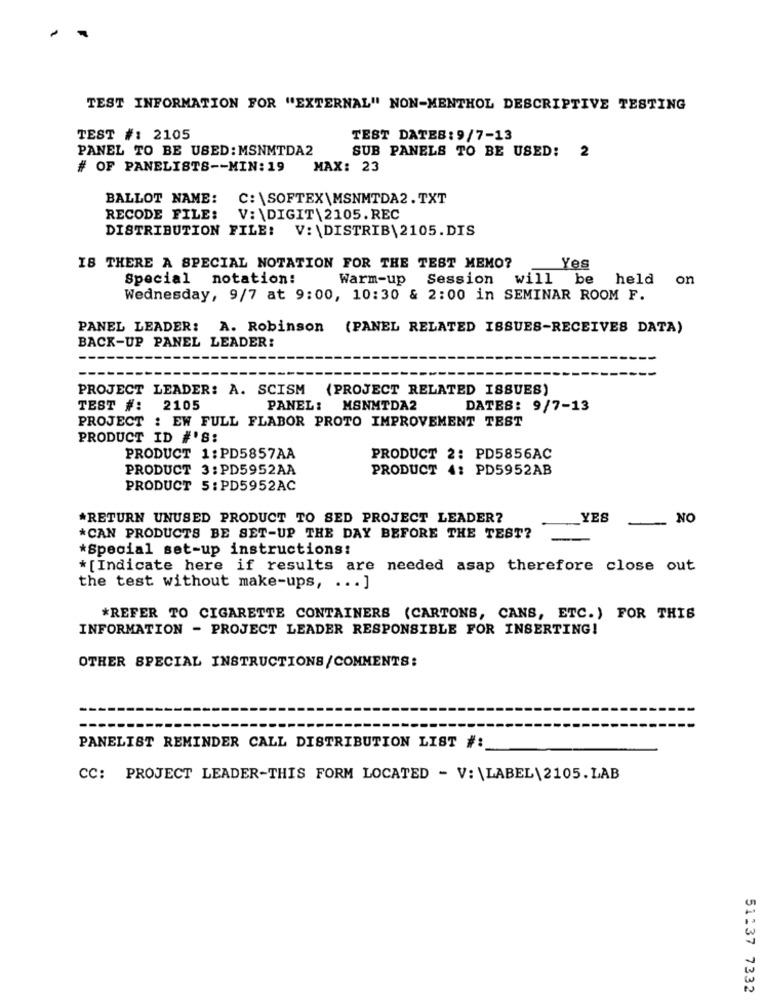
TEST INFORMATION FOR "EXTERNAL" NON-MENTHOL DESCRIPTIVE TESTING
TEST #: 2105
TEST DATES: 9/7-13
PANEL TO BE USED: MSNMTDA2
SUB PANELS TO BE USED: 2
# OF PANELISTS -- MIN: 19
MAX: 23
BALLOT NAME:
C: \SOFTEX \MSNMTDA2. TXT
RECODE FILE:
V:\DIGIT\2105.REC
DISTRIBUTION FILE: V:\DISTRIB\2105.DIS
IS THERE A SPECIAL NOTATION FOR THE TEST MEMO?
Yes
Special notation:
Warm-up Session
will be held on
Wednesday, 9/7 at 9:00, 10:30 & 2:00 in SEMINAR ROOM F.
PANEL LEADER: A. Robinson (PANEL RELATED ISSUES-RECEIVES DATA)
BACK-UP PANEL LEADER:
PROJECT LEADER: A. SCISM (PROJECT RELATED ISSUES)
TEST #: 2105
PANEL: MSNMTDA2
DATES: 9/7-13
PROJECT : EW FULL FLABOR PROTO IMPROVEMENT TEST
PRODUCT ID #'S:
PRODUCT 1:PD5857AA
PRODUCT 2: PD5856AC
PRODUCT 3:PD5952AA
PRODUCT 4: PD5952AB
PRODUCT 5: PD5952AC
*RETURN UNUSED PRODUCT TO SED PROJECT LEADER?
YES
NO
*CAN PRODUCTS BE SET-UP THE DAY BEFORE THE TEST?
*Special set-up instructions:
*[Indicate here if results are needed asap therefore close out
the test without make-ups, ... ]
*REFER TO CIGARETTE CONTAINERS (CARTONS, CANS, ETC.) FOR THIS
INFORMATION - PROJECT LEADER RESPONSIBLE FOR INSERTING!
OTHER SPECIAL INSTRUCTIONS/COMMENTS:
PANELIST REMINDER CALL DISTRIBUTION LIST #:
CC: PROJECT LEADER-THIS FORM LOCATED - V:\LABEL\2105.LAB
51:37 7332